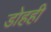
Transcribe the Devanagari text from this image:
डोहही